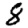
Digit: 8